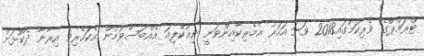
ޓްރަމްޕްގެ ވެރިކަމުގައި2018 ވަނަ އަހަރު އެމެރިކާއިންވަނީ ނިއުކްލިއަ އެއްބަސްވުމުން އެކަހެރިވެ އިރާނާ ދެކޮޅަށް